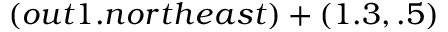
( o u t 1 . n o r t h e a s t ) + ( 1 . 3 , . 5 )